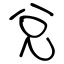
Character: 兌